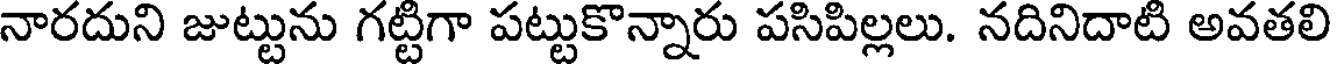
నారదుని జుట్టును గట్టిగా పట్టుకొన్నారు పసిపిల్లలు. నదినిదాటి అవతలి